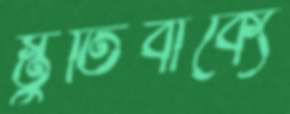
স্তুতিবাক্যে